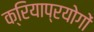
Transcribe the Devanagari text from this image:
क्रियाप्रयोगों